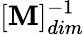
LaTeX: [\mathbf{M}]_{dim}^{-1}